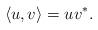
LaTeX: \begin{align*}\langle u,v\rangle=uv^{*}.\end{align*}